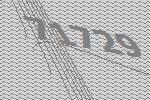
71729